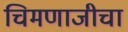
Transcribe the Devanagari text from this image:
चिमणाजीचा